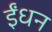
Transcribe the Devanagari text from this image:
र्इंधन